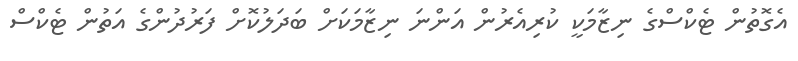
އެގޮތުން ޓެކްސްގެ ނިޒާމަކީ ކުރިއެރުން އަންނަ ނިޒާމަކަށް ބަދަލުކޮށް ފަރުދުންގެ އަތުން ޓެކްސް